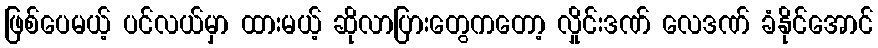
ဖြစ်ပေမယ့် ပင်လယ်မှာ ထားမယ့် ဆိုလာပြားတွေကတော့ လှိုင်းဒဏ် လေဒဏ် ခံနိုင်အောင်